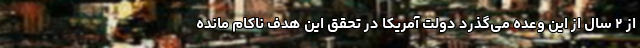
از ۲ سال از این وعده می‌گذرد دولت آمریکا در تحقق این هدف ناکام مانده